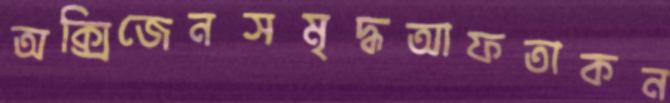
অক্সিজেনসমৃদ্ধআফতাকন